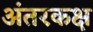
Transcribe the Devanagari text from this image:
अंतरकक्ष